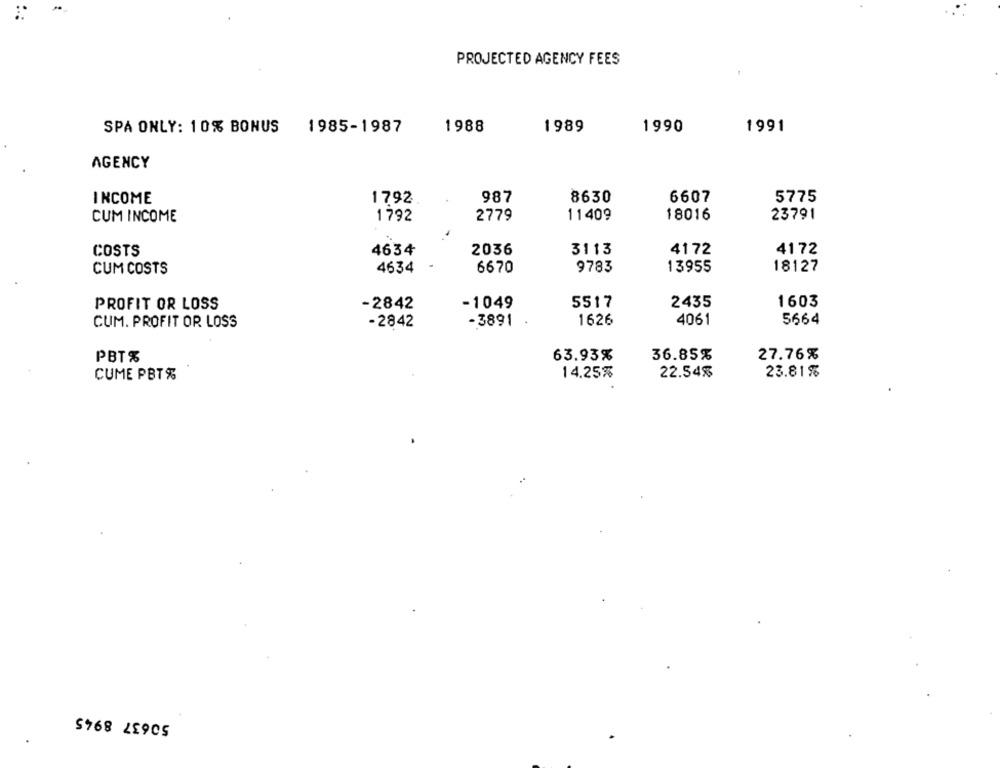
PROJECTED AGENCY FEES
SPÅ ONLY: 10% BONUS
1985-1987
1988
1989
1990
1991
AGENCY
INCOME
1792
987
8630
6607
5775
2779
11409
18016
23791
CUM INCOME
1792
COSTS
4634
2036
3113
4172
4172
4634
6670
9783
13955
18127
CUM COSTS
PROFIT OR LOSS
-2842
-1049
5517
2435
1603
-3891
1626
4061
5664
CUM. PROFIT OR LOSS
-2842
PBT%
63.93%
36.85%
27.76%
CUME PBT%
14.25%
22.54%
23.81%
50637 8945